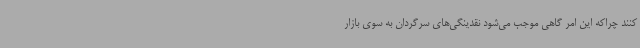
کنند چراکه این امر گاهی موجب می‌شود نقدینگی‌های سرگردان به سوی بازار